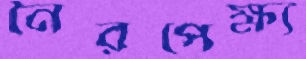
নৈরপেক্ষ্য